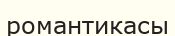
романтикасы